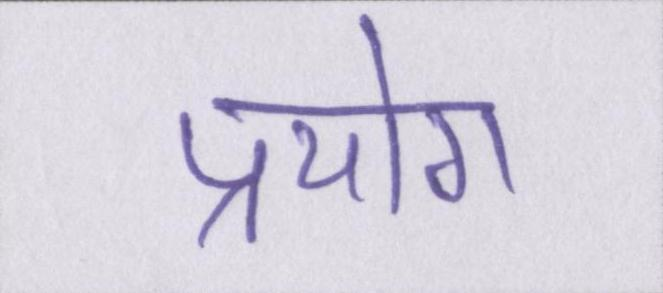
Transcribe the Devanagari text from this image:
प्रयोग